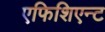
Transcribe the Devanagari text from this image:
एफिशिएन्ट